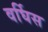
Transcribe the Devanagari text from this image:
वर्घिस